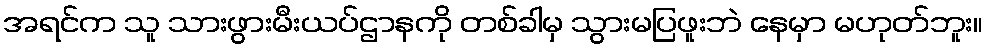
အရင်က သူ သားဖွားမီးယပ်ဌာနကို တစ်ခါမှ သွားမပြဖူးဘဲ နေမှာ မဟုတ်ဘူး။